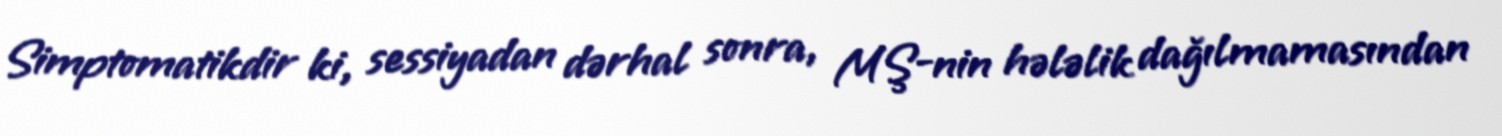
Simptomatikdir ki, sessiyadan dərhal sonra, MŞ-nin hələlik dağılmamasından